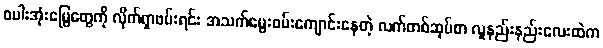
စပါးအုံးမြွေတွေကို လိုက်ရှာဖမ်းရင်း အသက်မွေးဝမ်းကျောင်းနေတဲ့ လက်တစ်ဆုပ်စာ လူနည်းနည်းလေးထဲက